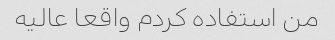
من استفاده کردم واقعا عالیه